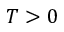
T > 0